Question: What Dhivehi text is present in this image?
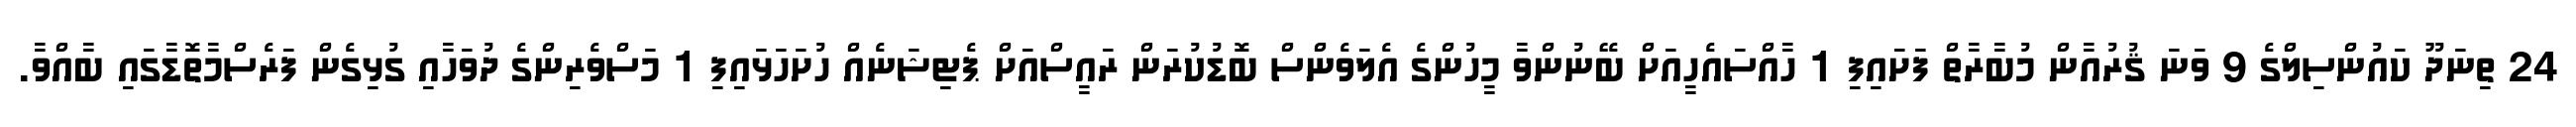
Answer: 24 ތިނަދޫ ކައުންސިލްގެ 9 ވަނަ ޤުރުއާން މުބާރާތް ފަށައިފި 1 ހާއްސައެހީއަށް ބޭނުންވާ މީހުންގެ އެލަވެންސް ބޮޑުކުރަން ރައީސްއަށް ޕެޓިޝަނެއް ހުށަހަޅައިފި 1 މަސްވެރިންގެ ދުވަހާއި ގުޅިގެން ފަރެސްމާތޮޑާގައި ބާއްވާ.